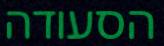
הסעודה